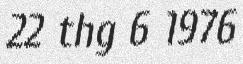
22 thg 6 1976